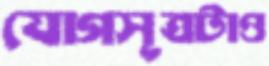
যোগসূত্রটাও